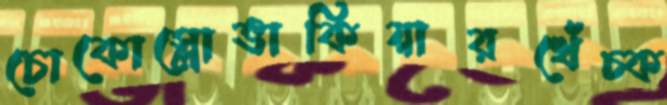
চোকোস্লোভাকিয়ারখেঁচ্‌ক